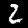
Label: 2